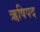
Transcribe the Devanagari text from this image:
ऋषिपद